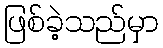
ဖြစ်ခဲ့သည်မှာ